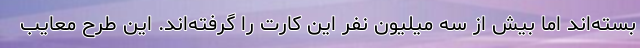
بسته‌اند اما بیش از سه میلیون نفر این کارت را گرفته‌اند. این طرح معایب